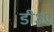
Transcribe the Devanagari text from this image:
डी३ए